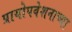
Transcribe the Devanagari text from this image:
प्रायोपवेशनाच्या